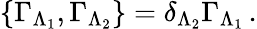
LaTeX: \{ \Gamma_{\Lambda_{1}},\Gamma_{\Lambda_{2}}\} =\delta_{\Lambda_{2}}\Gamma_{\Lambda_{1}}\, .